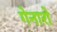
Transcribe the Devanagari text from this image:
गेनारो